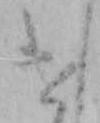
け